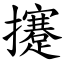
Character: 攓